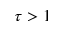
\tau > 1